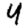
Digit: 4